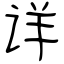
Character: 详